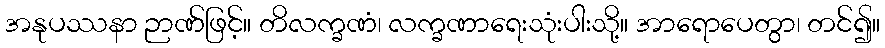
အနုပဿနာ ဉာဏ်ဖြင့်။ တိလက္ခဏံ၊ လက္ခဏာရေးသုံးပါးသို့။ အာရောပေတွာ၊ တင်၍။